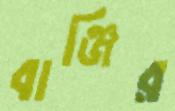
বাঞ্জির